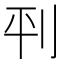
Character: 𫥶